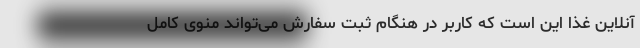
آنلاین غذا این است که کاربر در هنگام ثبت سفارش می‌تواند منوی کامل